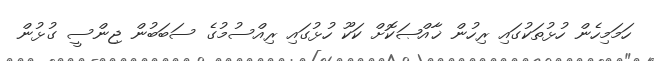
ހަމަމިހެން ހުޅުތަކުގައި ރިހުން ޚާއްޞަކޮށް ކަކޫ ހުޅުގައި ރިއްސުމުގެ ސަބަބުން ޖިންސީ ގުޅުން